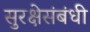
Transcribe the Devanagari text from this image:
सुरक्षेसंबंधी